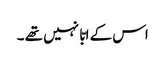
اس کے ابّا نہیں تھے ۔